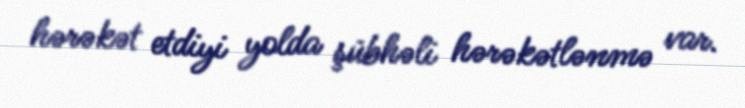
hərəkət etdiyi yolda şübhəli hərəkətlənmə var.